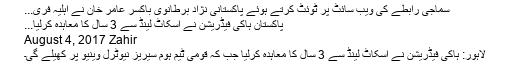
سماجی رابطے کی ویب سائٹ پر ٹوئٹ کرتے ہوئے پاکستانی نژاد برطانوی باکسر عامر خان نے اہلیہ فری...
پاکستان ہاکی فیڈریشن نے اسکاٹ لینڈ سے 3 سال کا معاہدہ کرلیا...
August 4, 2017 Zahir
لاہور: ہاکی فیڈریشن نے اسکاٹ لینڈ سے 3 سال کا معاہدہ کرلیا جب کہ قومی ٹیم ہوم سیریز نیوٹرل وینیو پر کھیلے گی۔